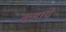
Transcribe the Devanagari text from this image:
कहाये